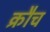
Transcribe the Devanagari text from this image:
क्रौच